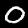
Label: 0